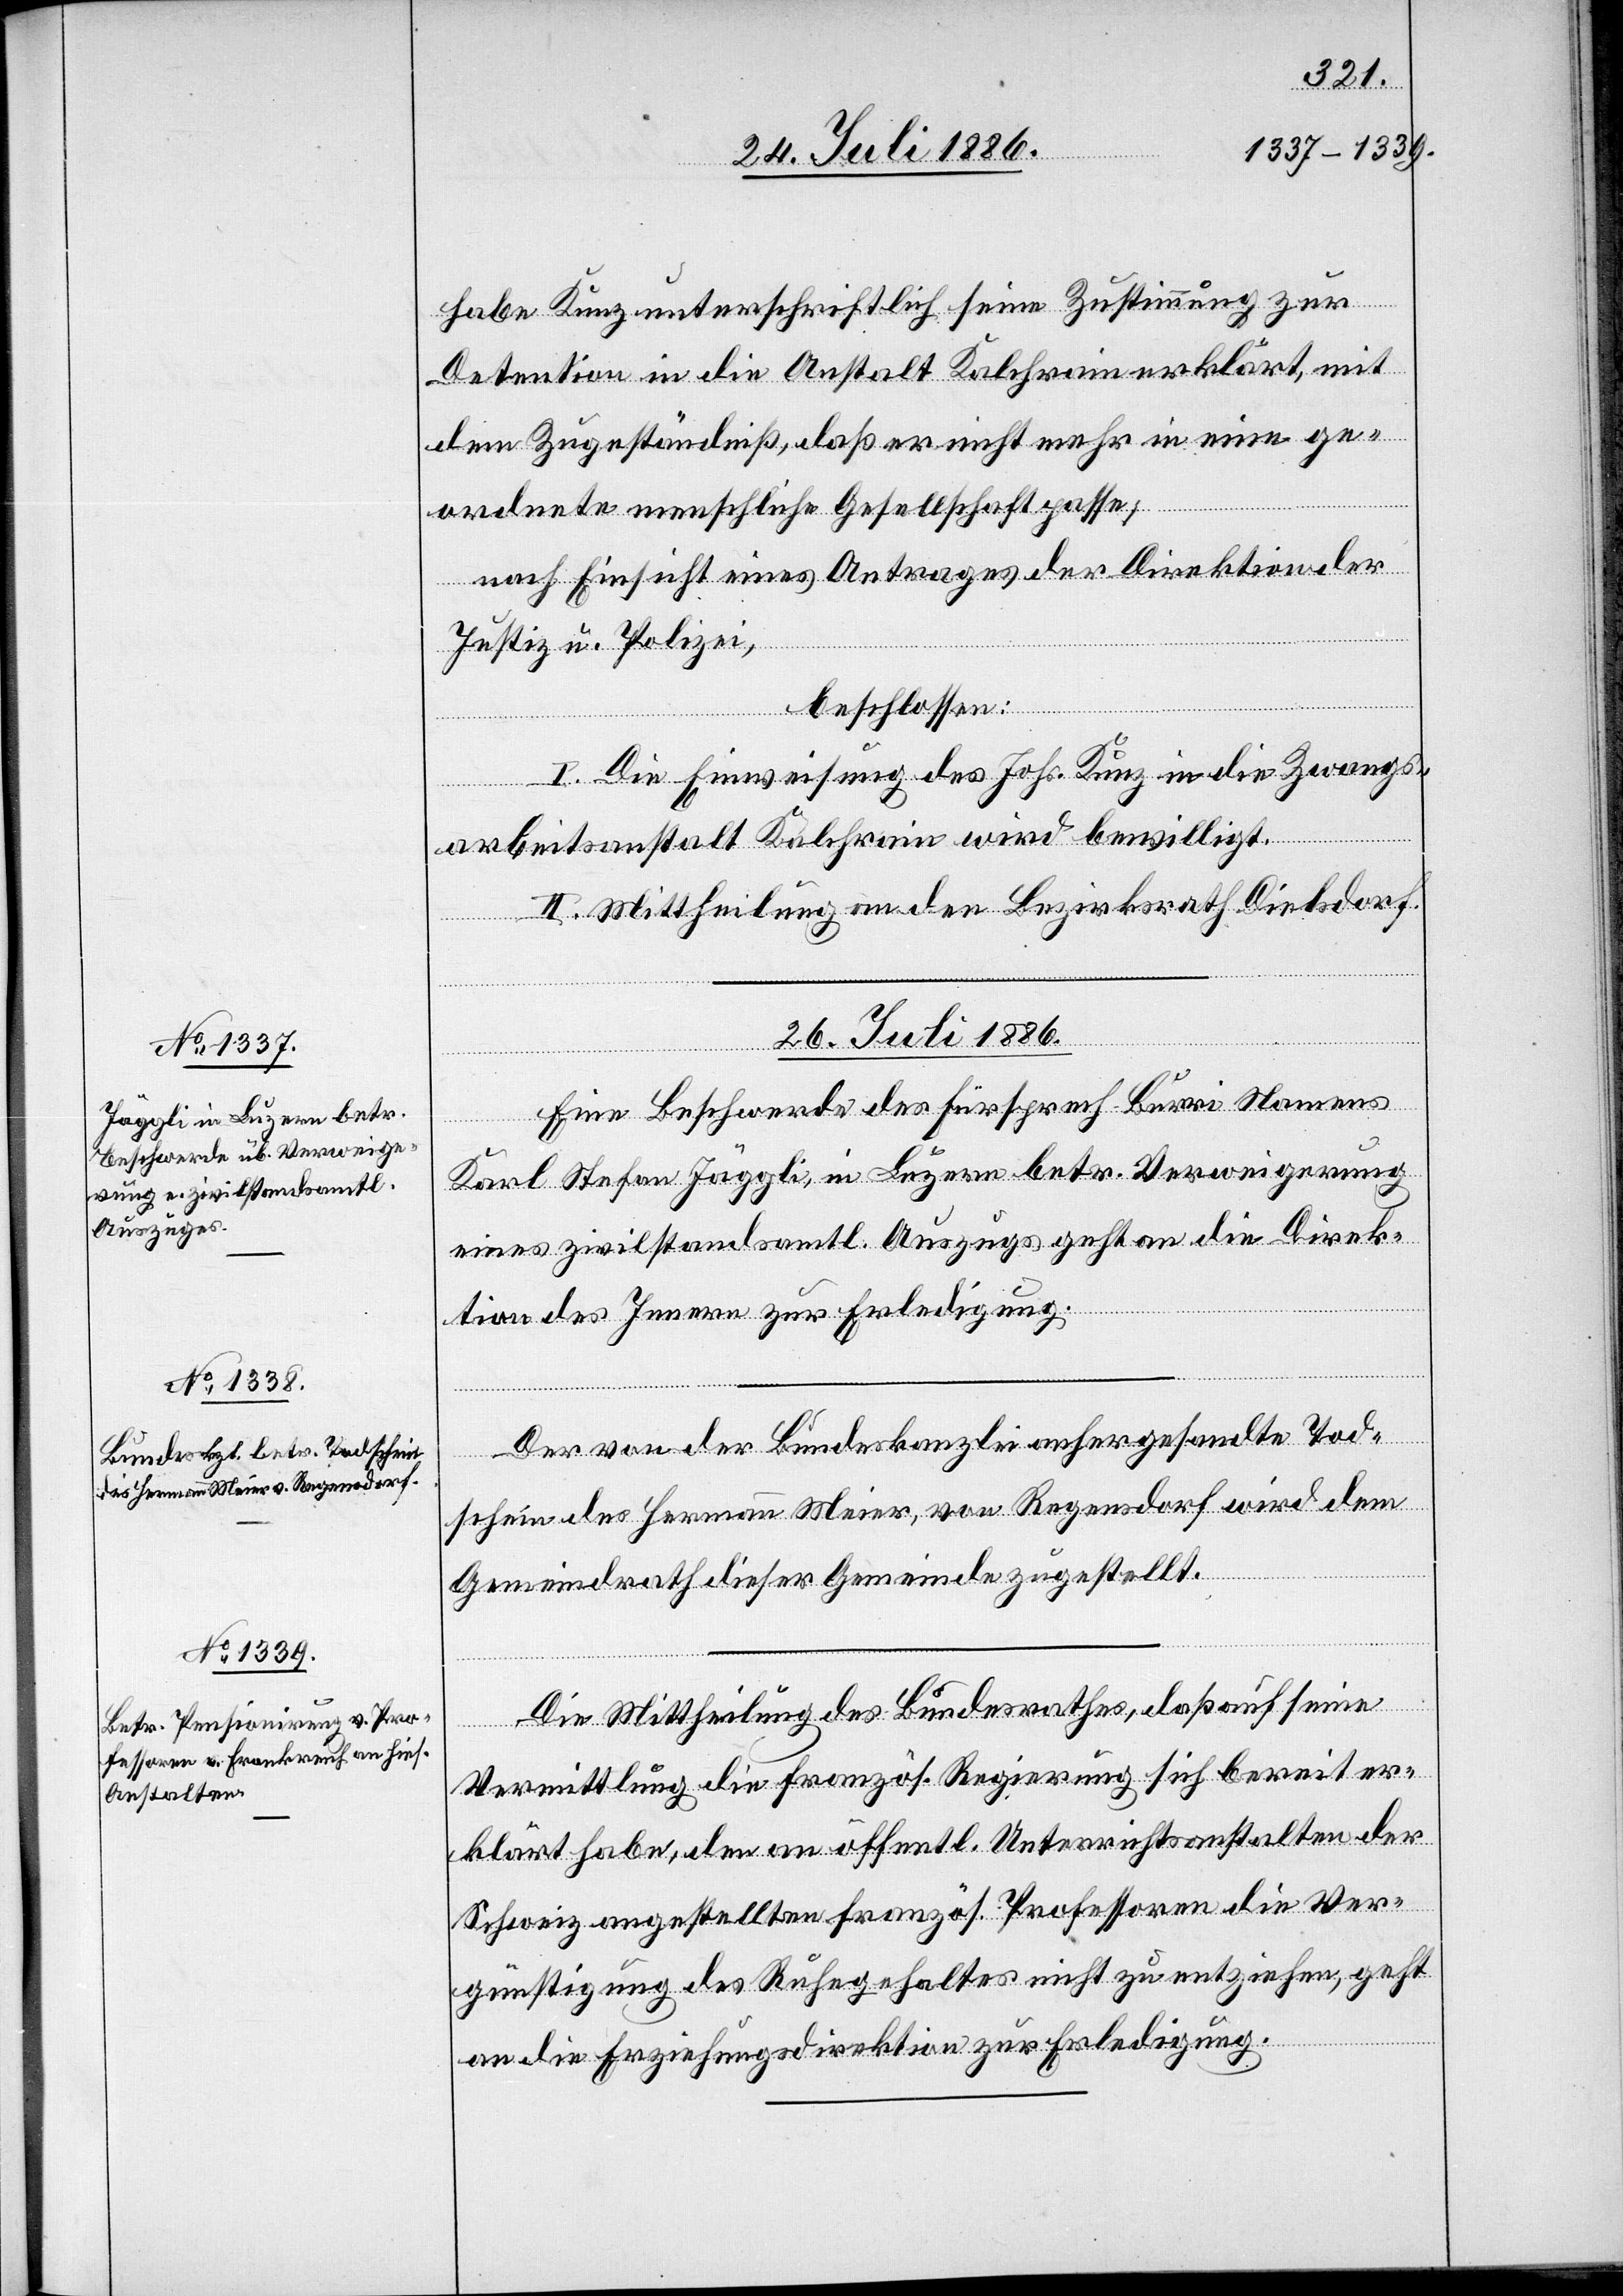
habe Kunz unterschriftlich seine Zustimmung zur
Detention in die Anstalt Kalchrain erklärt, mit
dem Zugeständniß, daß er nicht mehr in eine ge¬
ordnete menschliche Gesellschaft passe;
nach Einsicht eines Antrages der Direktion der
Justiz u. Polizei,
beschlossen:
I. Die Einweisung des Johs. Kunz in die Zwangs¬
arbeitsanstalt Kalchrain wird bewilligt.
II. Mittheilung an den Bezirksrath Dielsdorf.
26. Juli 1886.]
Eine Beschwerde des Fürsprech Burri Namens
Karl Stefan Jäggli, in Luzern betr. Verweigerung
eines zivilstandsamtl. Auszugs geht an die Direk¬
tion des Innern zur Erledigung.
Der von der Bundeskanzlei anhergesandte Tod¬
schein des Hermann Meier, von Regensdorf wird dem
Gemeindrath dieser Gemeinde zugestellt.
Die Mittheilung des Bundesrathes, daß auf seine
Vermittlung die französ. Regierung sich bereit er¬
klärt habe, den an öffentl. Unterrichtsanstalten der
Schweiz angestellten französ. Professoren die Ver¬
günstigung des Ruhegehaltes nicht zu entziehen, geht
an die Erziehungsdirektion zur Erledigung.